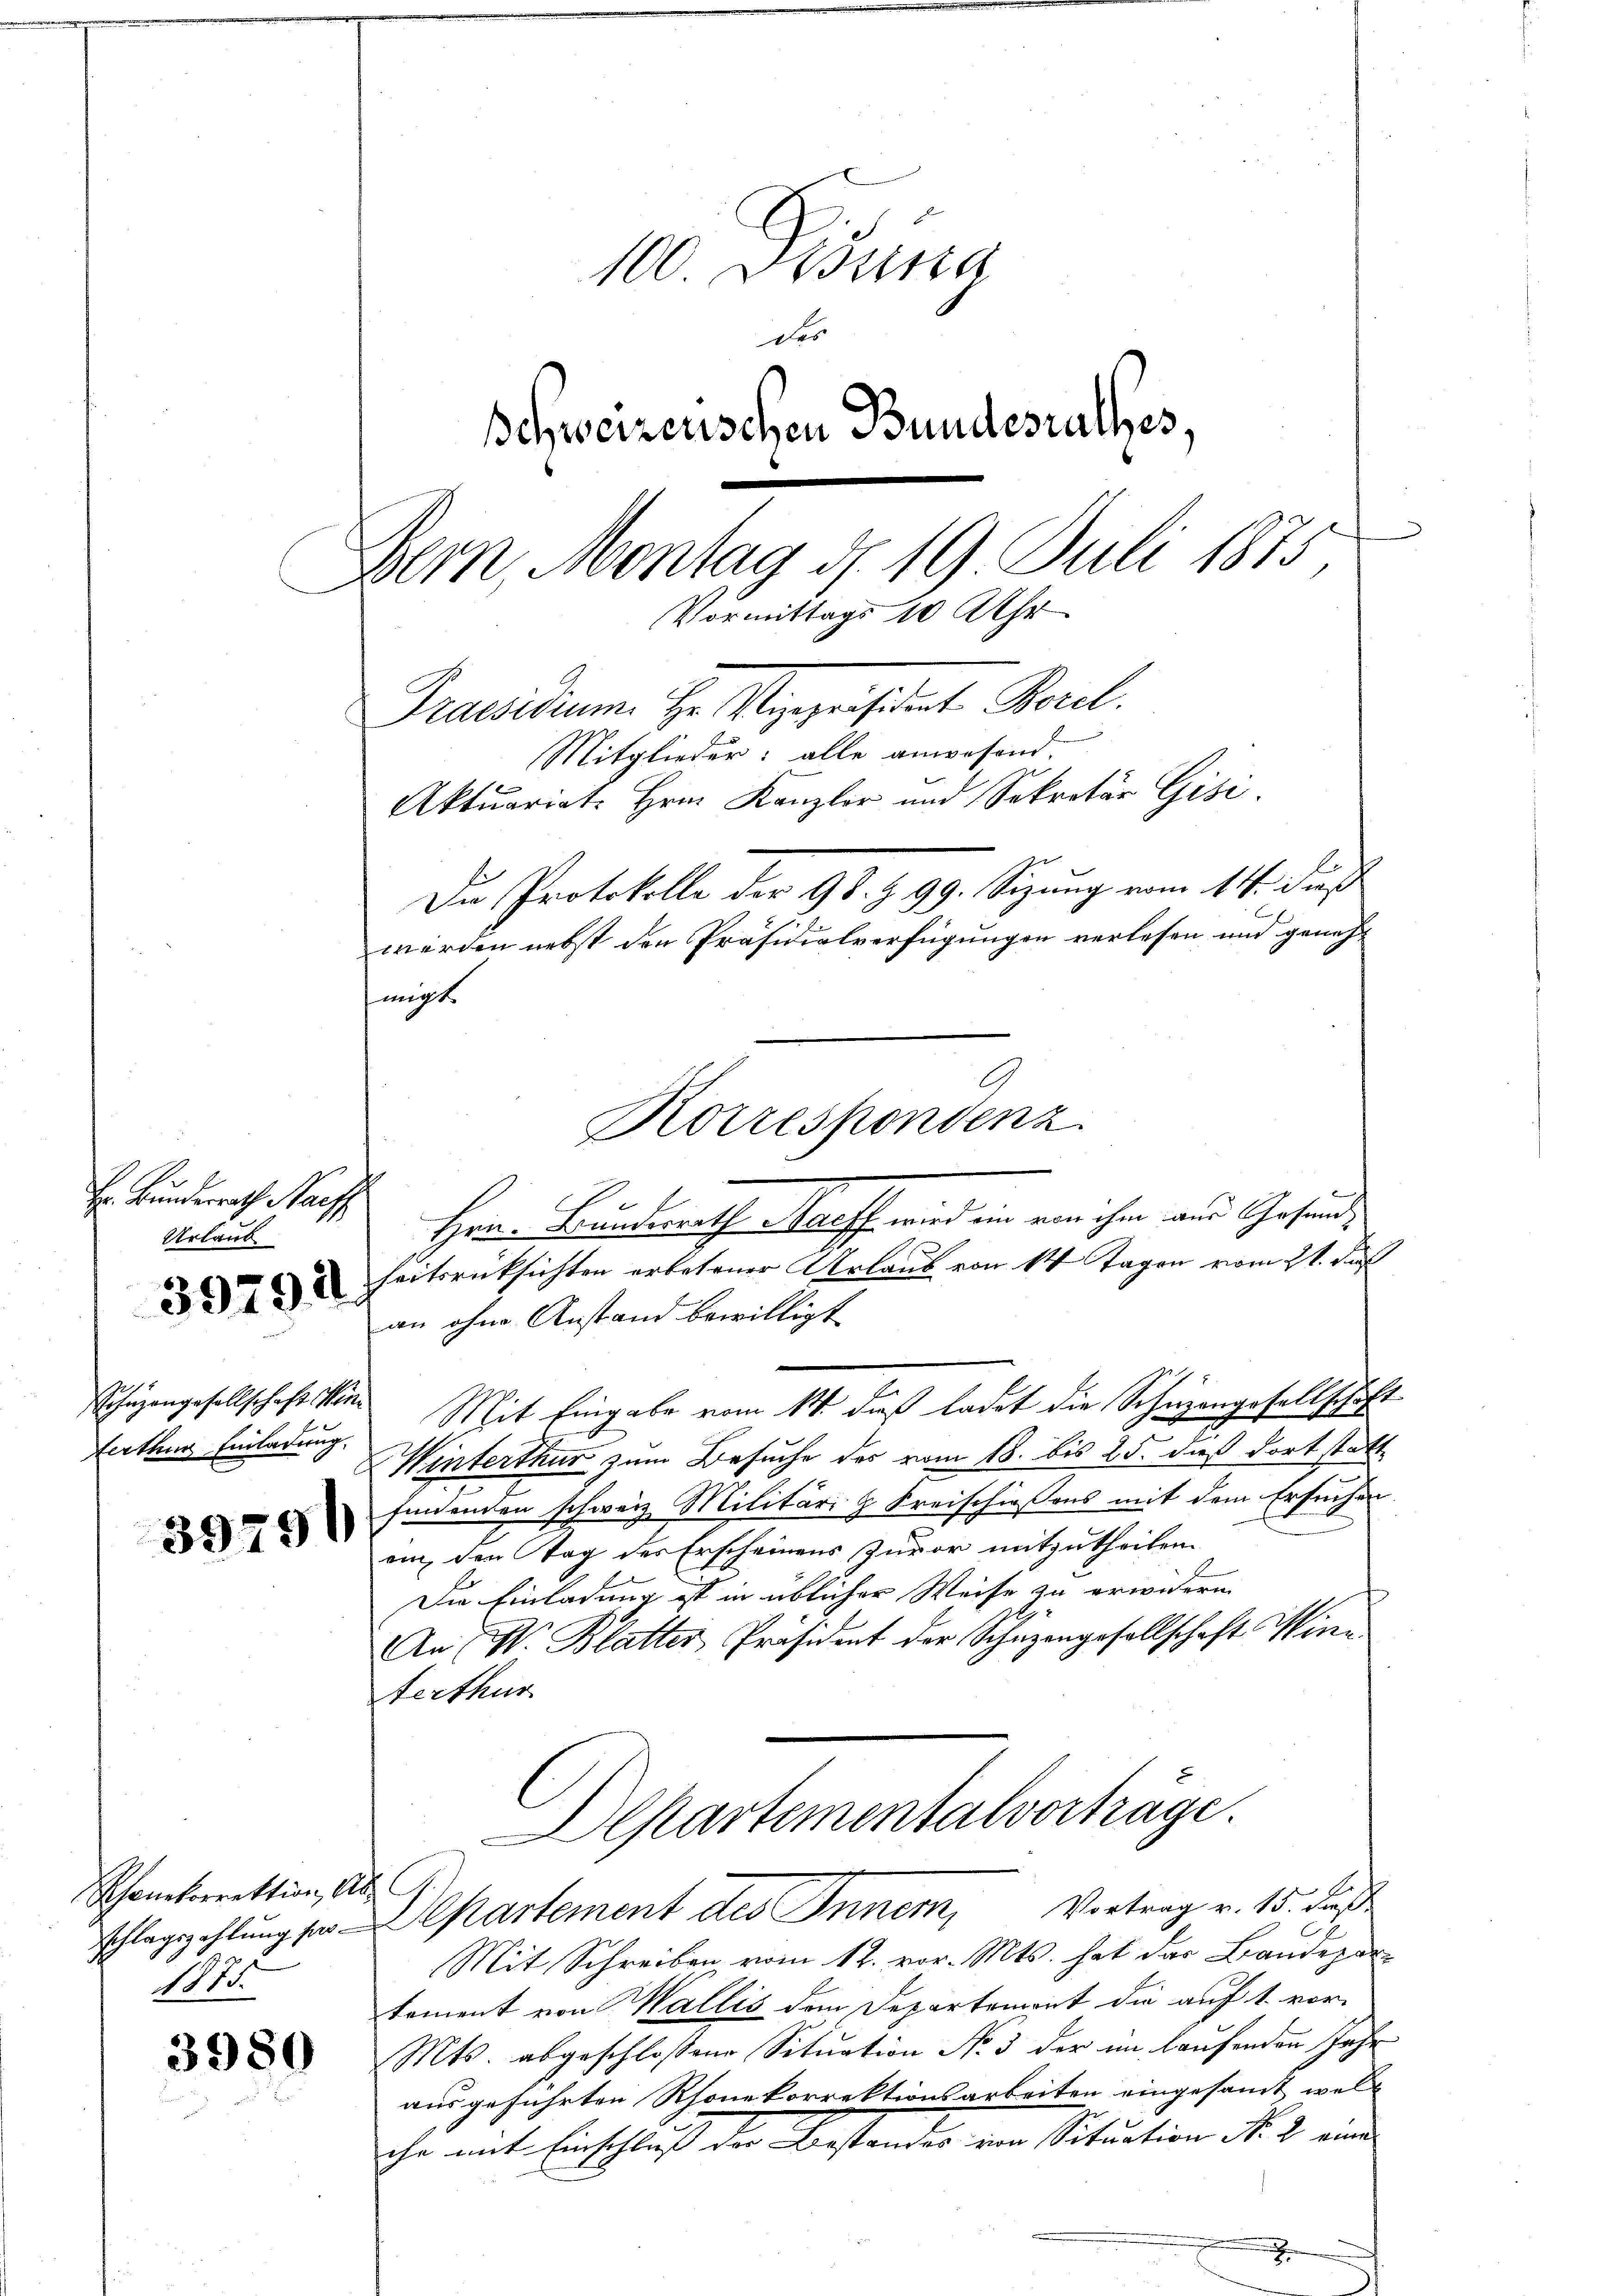
Hr. Bunderrath Nach
Urlaub

3979 d

Schüzangesellschaft Wini
terthur Einladung,

3979

Rhonekorrektion, Abschlagszahlung pro¬
11.

3980

100 Fr
des
schweizerischen Bundesrathes,
Dein Montag d. 19 Juli 1875,
Vormittags 10 Uhr
Praesidium. Hr. Vizepräsident Borel
Mitglieder: alle anwesend.
Aktuariat. Hrn. Kanzler und Sekretär Gisi
Du Protokolle der 98. Z. 99. Sizung vom 14. dieß
werden nebst den Präsidialverfügungen verlesen und genehmigt.

Herr Bunderath Marff wird ein von ihm aus Gesundseitsrücksichten erbetener Urlaub von 14 Tagen vom 21. das
an ohne Anstand bewilligt
Mit Eingabe vom 14. daß ladet die Schuzangesellschaft
Winterthur zum Besuche des vom 18. bis 25. dieß dort statt
findenden schweiz Militäri & Freischießens mit dem Ersuchen.
enn den Tag des Erscheinens zuvor mitzutheilen.
Die Einladung ist in üblicher Weise zu erwidern.
An W. Blatter Präsident der Schäzengesellschaft Win
Aerthur
Departementalvorträge.
Departement des Inner, Vortrag v. 15. das
Mit Schreiben vom 12. vor. Mts. hat das Baudepartement von Wallis den Departemont die auf 1. vor-
Mts. abgeschlossene Situation No 3 der im laufenden Jahr
ausgeführten Rhonekorrektionsarbeiten eingesamt, wel-
ihr mit Einschluß der Bestandes von Situation No. 2. und

Korrespondenz